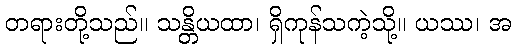
တရားတို့သည်။ သန္တိယထာ၊ ရှိကုန်သကဲ့သို့။ ယဿ၊ အ